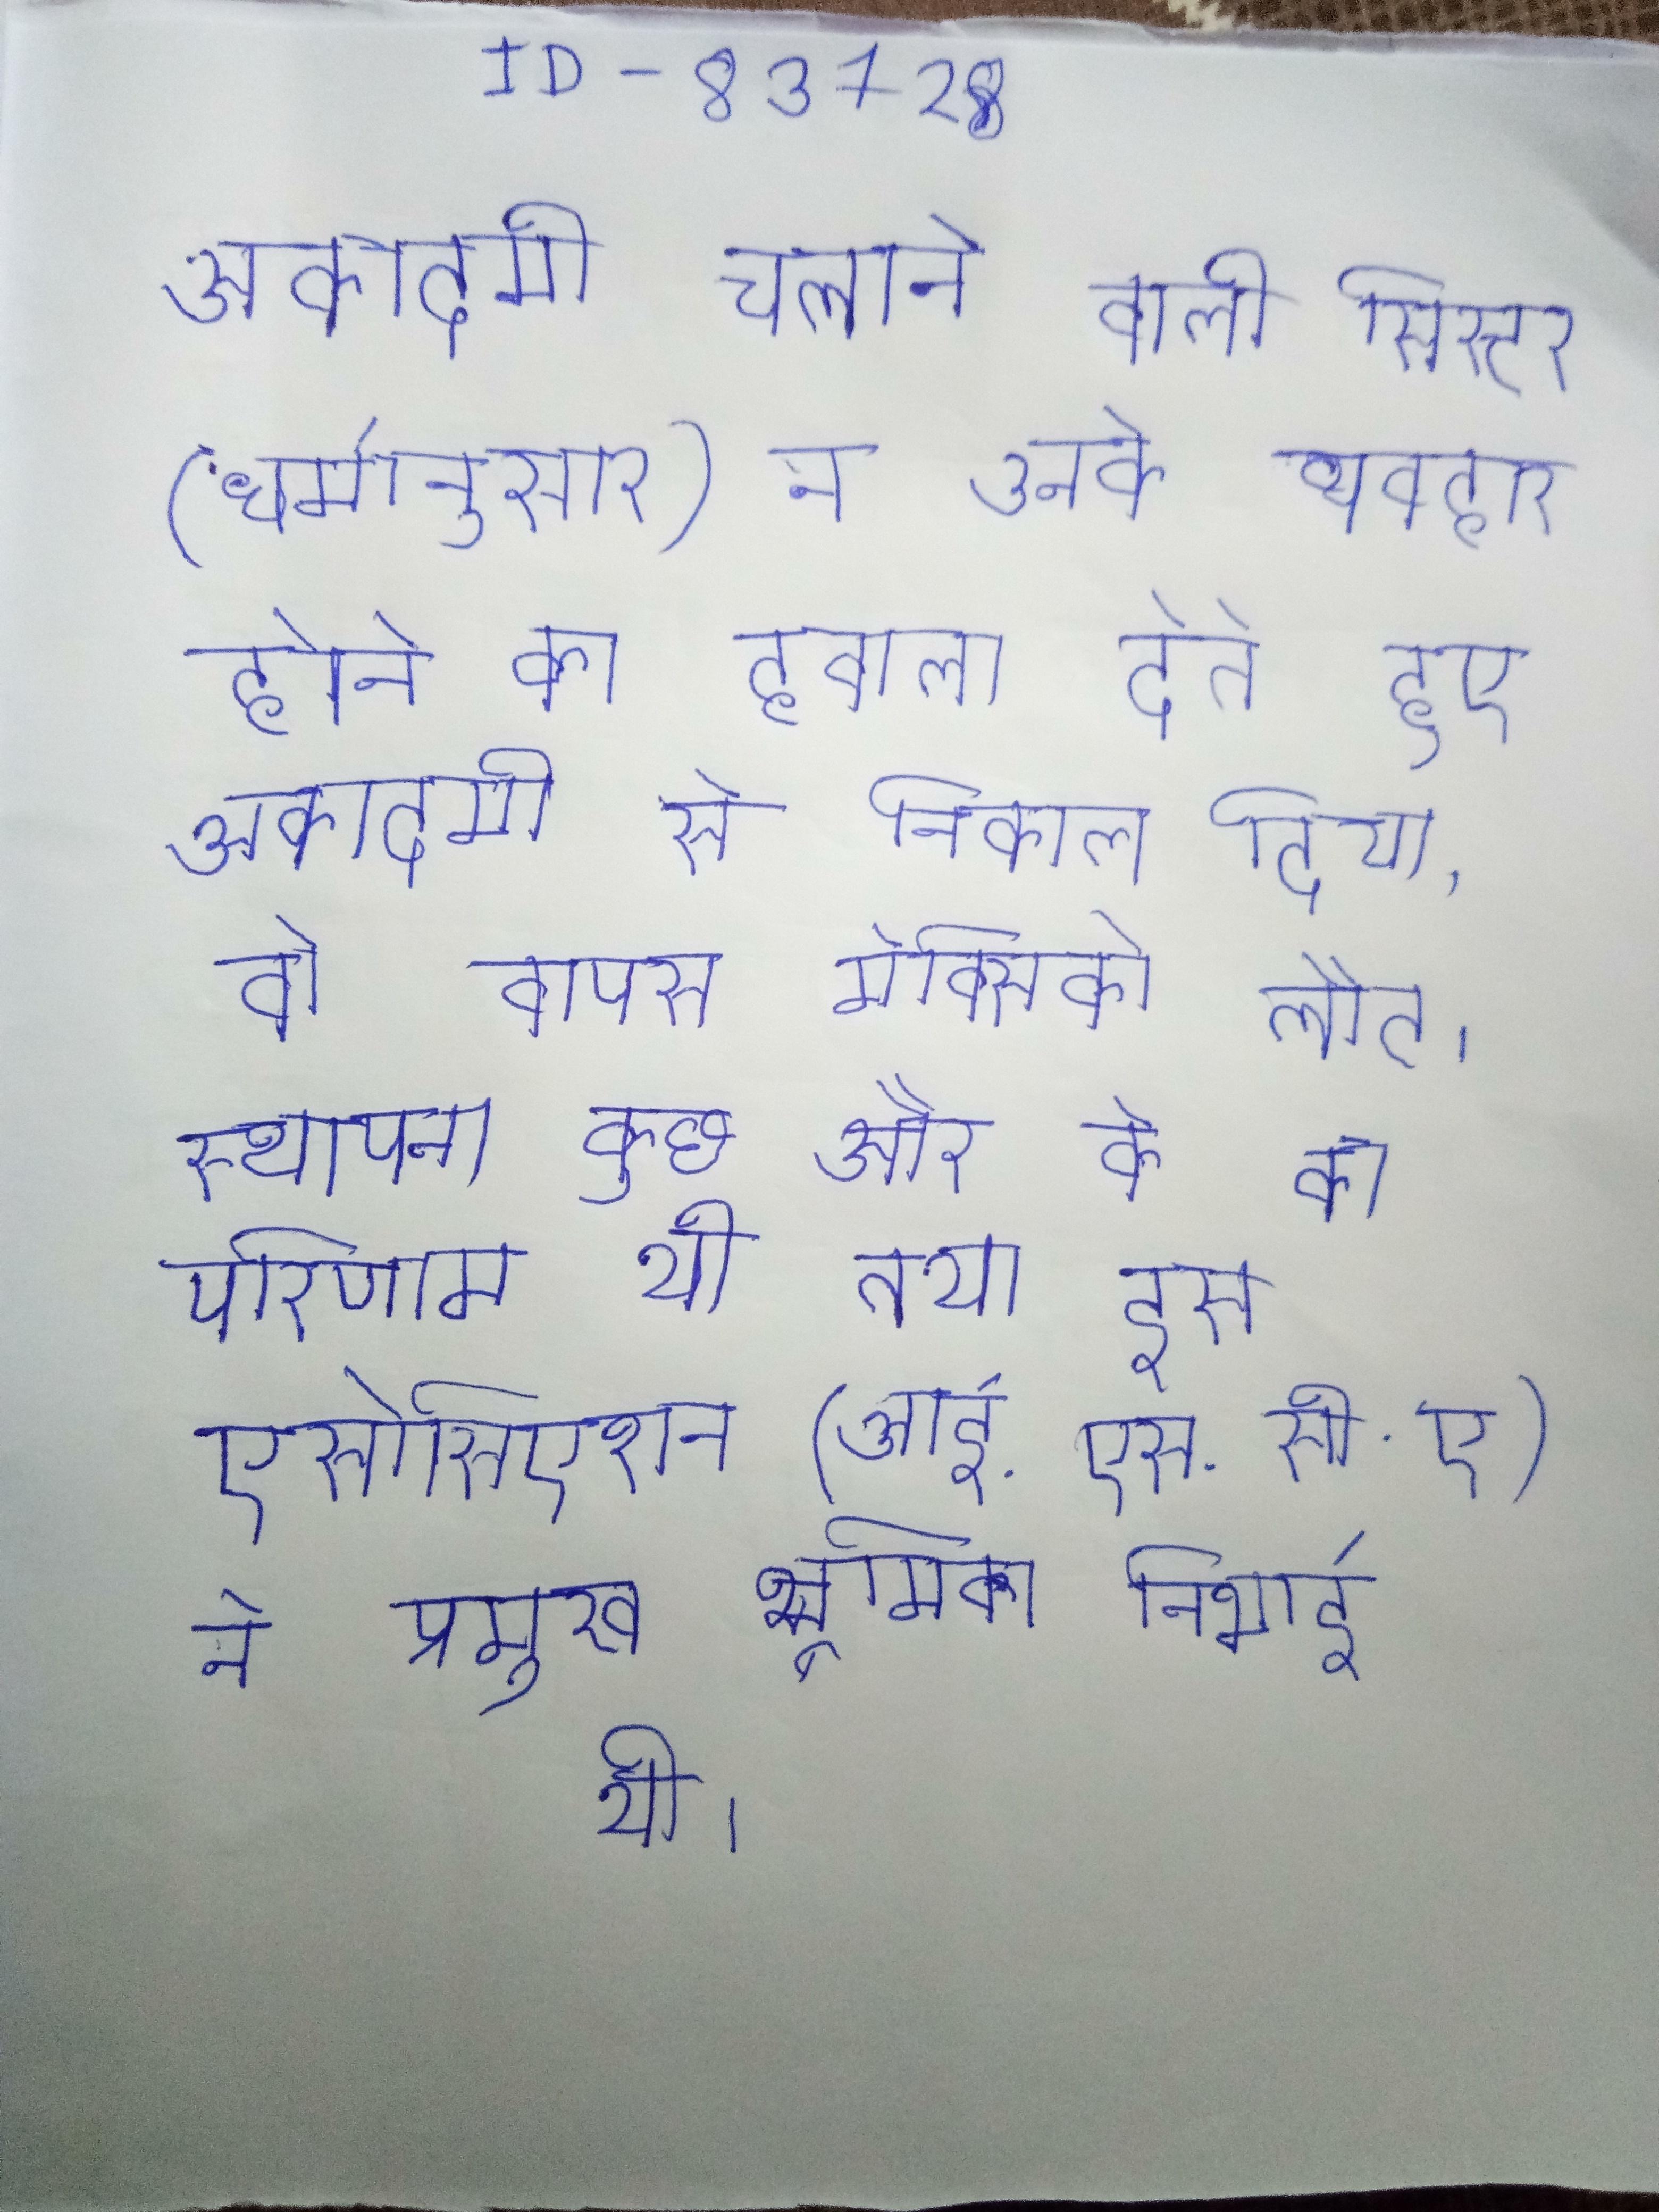
अकादमी चलाने वाली सिस्टर (धर्मानुसार) ने उनके व्यवहार होने का हवाला देते हुए अकादमी से निकाल दिया, वो वापस मेक्सिको लौट । अकादमी जिसे पहले नेशनल ऑफ इन (निसी) के नाम से जाना जाता था, की स्थापना कुछ और के का परिणाम थी तथा इस एसोसिएशन (आई.एस.सी.ए) ने प्रमुख भूमिका निभाई थी ।